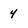
Character: 4